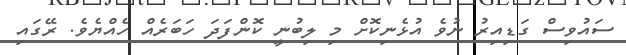
ސައުވިސް ގަޑިއިރު ނުވެ އުޅެނިކޮށް މި ލިބުނީ ކޮންފަދަ ހަބަރެއް ހެއްޔެވެ. ރޭގައި